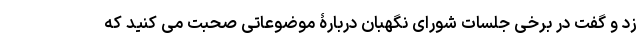
زد و گفت در برخی جلسات شورای نگهبان دربارۀ موضوعاتی صحبت می کنید که